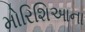
મોરિશિઆના